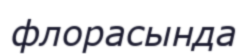
флорасында